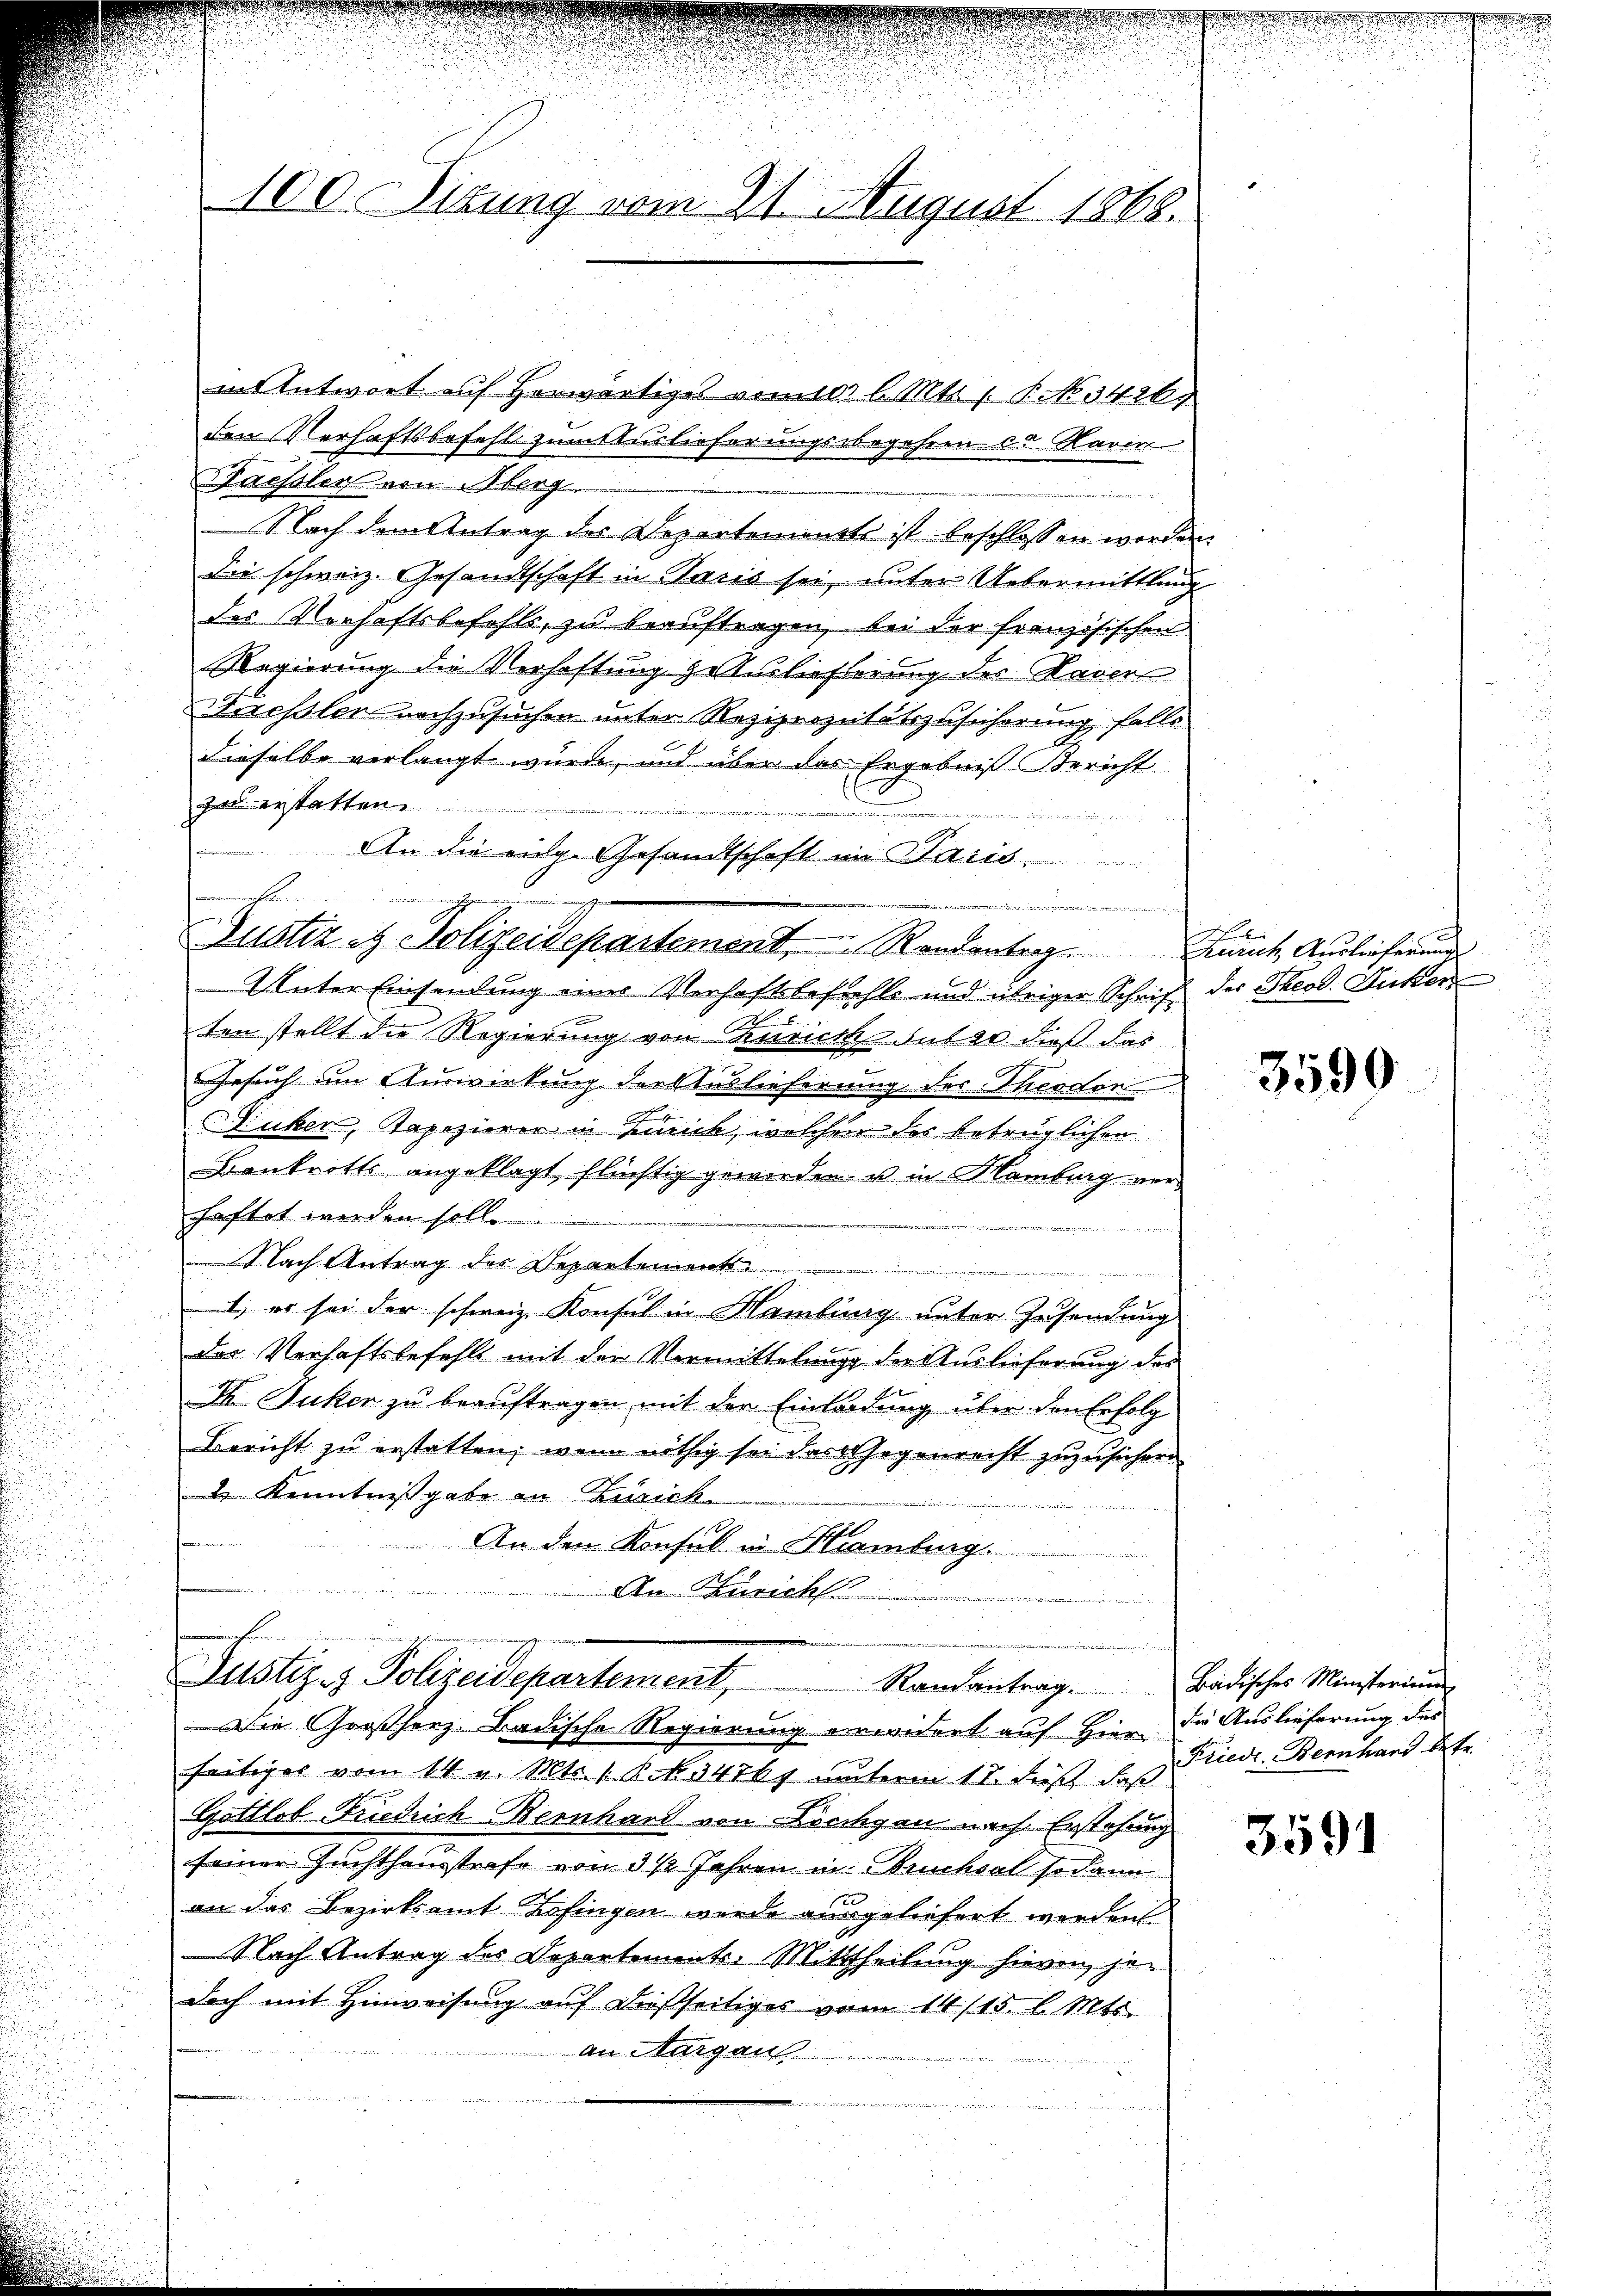
100. Sizung vom 21. August 1868.

b

menschen

in Antwort auf herwärtiges remier l. Mts. 1 P. NNo. 3426.
den Verhaftsbefehl zum Auslieferungsbegehren u. Karen
Faessler von Berg
Nach dem Antrag des Departemensts ist beschlossen worden.
Die schweiz. Gesandtschaft in Paris sei, unter Uebermittlung
des Verhaftsbefehls, zu beauftragen, bei der französischen
Regierung die Verhaftung zuzulieferung des Laver
Feessler nachzusuchen unter Reziprozitätszusicherung falls
dieselbe verlangt wurde, und über das Ergebniß Bericht
zu erstatten
amen in den
a
An die eige Gesandtschaft im Paris.
Freunden und nun ist uns w
Justiz & Polizeidepartement.        Randentrag. Durch Auslieferung
Unter Einsendung einer Verhaftsbefehls und übriger Schrift der Theod. Fuken
ten stellt die Regierung von Zürich sub 20. dieß das
Gesuch im Auswirkung der Auslieferung der Theodor
Duker, Tapezierer in Zürich, welchen des betrüglichen
Bankrotts angeklagt, flüchtig geworden u. in Hamburg verhaftet werden soll.
Nach Antrag des Departement.
e
), er sei der schweiz. Konsul in Hambung unter Zusendung
der Verhaftsbefehls mit der Vermittelung der Auslieferung des
I. Jucker zu beauftragen mit der Einladung über den Erfolg
Bericht zu erstatten, wenn nöthig sei das Gegenrecht zuzusichern
 Kenntnißgabe in Zürich
An den Konsul in Hamburg.
An Züricht
e

Justiz- & Polizeidepartement,
Rautantrag.
Die Großherz. Badische Regierung erwidert auf Hier die Auslieferung des

seitiges vom 14 u. Mts. 1. P. N. 3476, unterm 17. dieß, daß
Gottlob Friedrich Bernhard von Birchgen nach Erstehung
seiner Zuchthausstrafe von 3 1/2 Jahren in Brucksal sodann
an das Bezirksamt Zofingen wurde ausgeliefert werden
Nach Antrag des Departements. Mittheilung hievon jedoch mit Hinweisung auf dießseitiges vom 14/15 l. Mts.
an Margau.

s

3590

Badisches Ministerium
Friedr. Bernhard betr.

3591